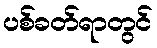
ပစ်ခတ်ရာတွင်